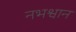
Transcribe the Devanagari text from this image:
नभश्वान